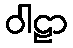
ဝါဠာ